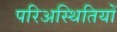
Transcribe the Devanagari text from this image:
परिअस्थितियों